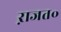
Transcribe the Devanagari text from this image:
ऱाजत॰